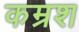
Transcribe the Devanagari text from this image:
कम्रश